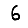
Digit: 6